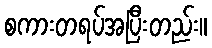
စကားတရပ်အပြီးတည်း။